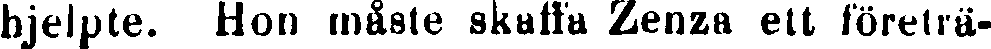
hjelpte. Hon måste skaffa Zenza ett företrä-